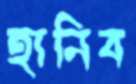
হানিব